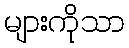
များကိုသာ